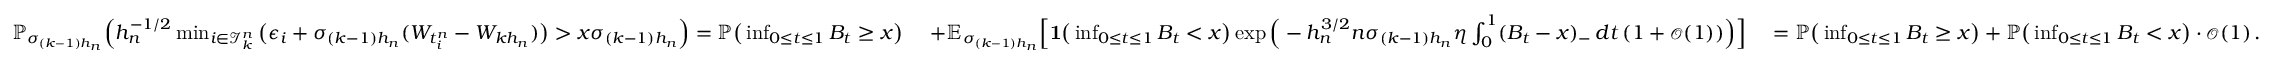
\begin{array} { r l r l } & { \mathbb { P } _ { \sigma _ { ( k - 1 ) h _ { n } } } \Big ( h _ { n } ^ { - 1 / 2 } \operatorname* { m i n } _ { i \in \mathcal { I } _ { k } ^ { n } } \big ( \epsilon _ { i } + \sigma _ { ( k - 1 ) h _ { n } } ( W _ { t _ { i } ^ { n } } - W _ { k h _ { n } } ) \big ) > x \sigma _ { ( k - 1 ) h _ { n } } \Big ) = \mathbb { P } \big ( \operatorname* { i n f } _ { 0 \le t \le 1 } B _ { t } \ge x \big ) \ } & { + \mathbb { E } _ { \sigma _ { ( k - 1 ) h _ { n } } } \Big [ \mathbf { 1 } \big ( \operatorname* { i n f } _ { 0 \le t \le 1 } B _ { t } < x \big ) \exp \Big ( - h _ { n } ^ { 3 / 2 } n \sigma _ { ( k - 1 ) h _ { n } } \eta \int _ { 0 } ^ { 1 } ( B _ { t } - x ) _ { - } \, d t \, ( 1 + { \scriptstyle { \mathcal { O } } } ( 1 ) ) \Big ) \Big ] \ } & { = \mathbb { P } \big ( \operatorname* { i n f } _ { 0 \le t \le 1 } B _ { t } \ge x \big ) + \mathbb { P } \big ( \operatorname* { i n f } _ { 0 \le t \le 1 } B _ { t } < x \big ) \cdot { \scriptstyle { \mathcal { O } } } ( 1 ) \, . } \end{array}